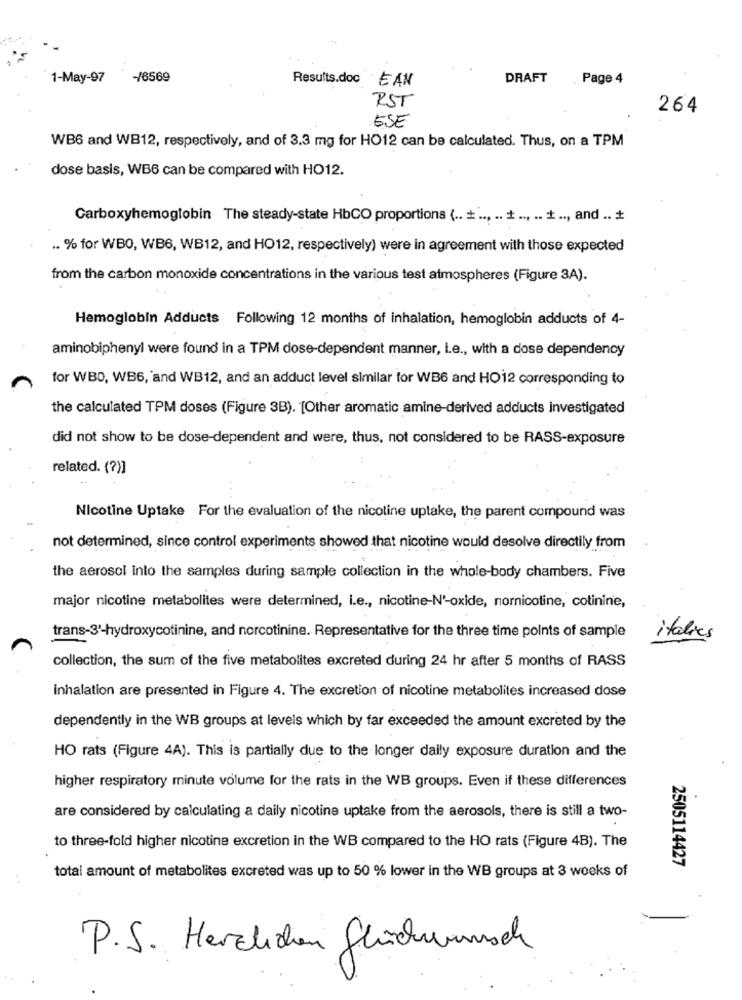
1-May-97
-/6569
Results.doc EAN
DRAFT
Page 4
RST
264
ESE
WB6 and WB12, respectively, and of 3.3 mg for HO12 can be calculated. Thus, on a TPM
dose basis, WB6 can be compared with HO12.
Carboxyhemoglobin The steady-state HbCO proportions ( .. . ... .. . ... .. .., and .. +
.. % for WBO, WB6, WB12, and HO12, respectively) were in agreement with those expected
from the carbon monoxide concentrations in the various test atmospheres (Figure 3A).
Hemoglobin Adducts Following 12 months of inhalation, hemoglobin adducts of 4-
aminobiphenyl were found in a TPM dose-dependent manner, i.e ., with a dose dependency
for WBO, WB6, and WB12, and an adduct level similar for WB6 and HO12 corresponding to
the calculated TPM doses (Figure 3B). [Other aromatic amine-derived adducts investigated
did not show to be dose-dependent and were, thus, not considered to be RASS-exposure
related. (?)]
Nicotine Uptake For the evaluation of the nicotine uptake, the parent compound was
not determined, since control experiments showed that nicotine would desolve directily from
the aerosol into the samples during sample collection in the whole-body chambers. Five
major nicotine metabolites were determined, i.e ., nicotine-N'-oxide, nornicotine, cotinine,
trans-3'-hydroxycotinine, and norcotinine. Representative for the three time points of sample
italies
collection, the sum of the five metabolites excreted during 24 hr after 5 months of RASS
inhalation are presented in Figure 4. The excretion of nicotine metabolites increased dose
dependently in the WB groups at levels which by far exceeded the amount excreted by the
HO rats (Figure 4A). This is partially due to the longer daily exposure duration and the
higher respiratory minute volume for the rats in the WB groups. Even if these differences
are considered by calculating a daily nicotine uptake from the aerosols, there is still a two-
to three-fold higher nicotine excretion in the WB compared to the HO rats (Figure 4B). The
2505114427
total amount of metabolites excreted was up to 50 % lower in the WB groups at 3 weeks of
P.S. Herzlichen Glückwunsch